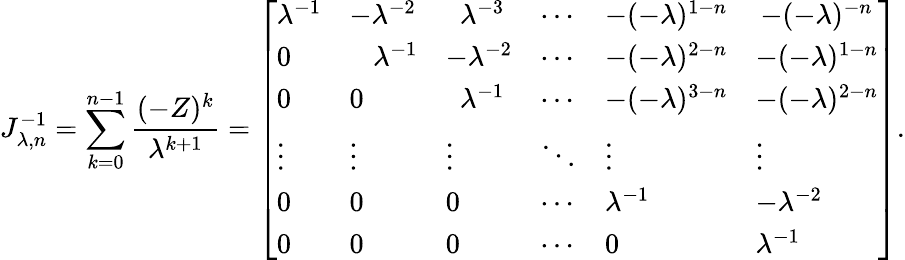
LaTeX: J_{\lambda,n}^{-1}=\sum_{k=0}^{n-1}{\frac{(-Z)^{k}}{\lambda^{k+1}}}={\left[\begin{array}{llllll}{\lambda^{-1}}&{-\lambda^{-2}}&{\, \, \, \lambda^{-3}}&{\cdots}&{-(-\lambda)^{1-n}}&{\, -(-\lambda)^{-n}}\\ {0}&{\; \; \; \lambda^{-1}}&{-\lambda^{-2}}&{\cdots}&{-(-\lambda)^{2-n}}&{-(-\lambda)^{1-n}}\\ {0}&{0}&{\, \, \, \lambda^{-1}}&{\cdots}&{-(-\lambda)^{3-n}}&{-(-\lambda)^{2-n}}\\ {\vdots}&{\vdots}&{\vdots}&{\ddots}&{\vdots}&{\vdots}\\ {0}&{0}&{0}&{\cdots}&{\lambda^{-1}}&{-\lambda^{-2}}\\ {0}&{0}&{0}&{\cdots}&{0}&{\lambda^{-1}}\end{array}\right]}.